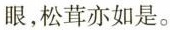
眼，松茸亦如是。